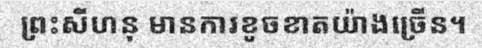
ព្រះសីហនុ មានការខូចខាតយ៉ាងច្រើន។